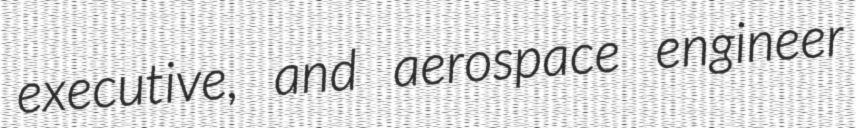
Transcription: executive, and aerospace engineer